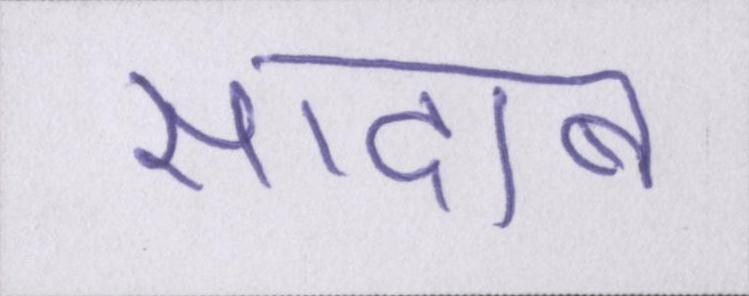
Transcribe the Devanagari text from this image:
सादाब